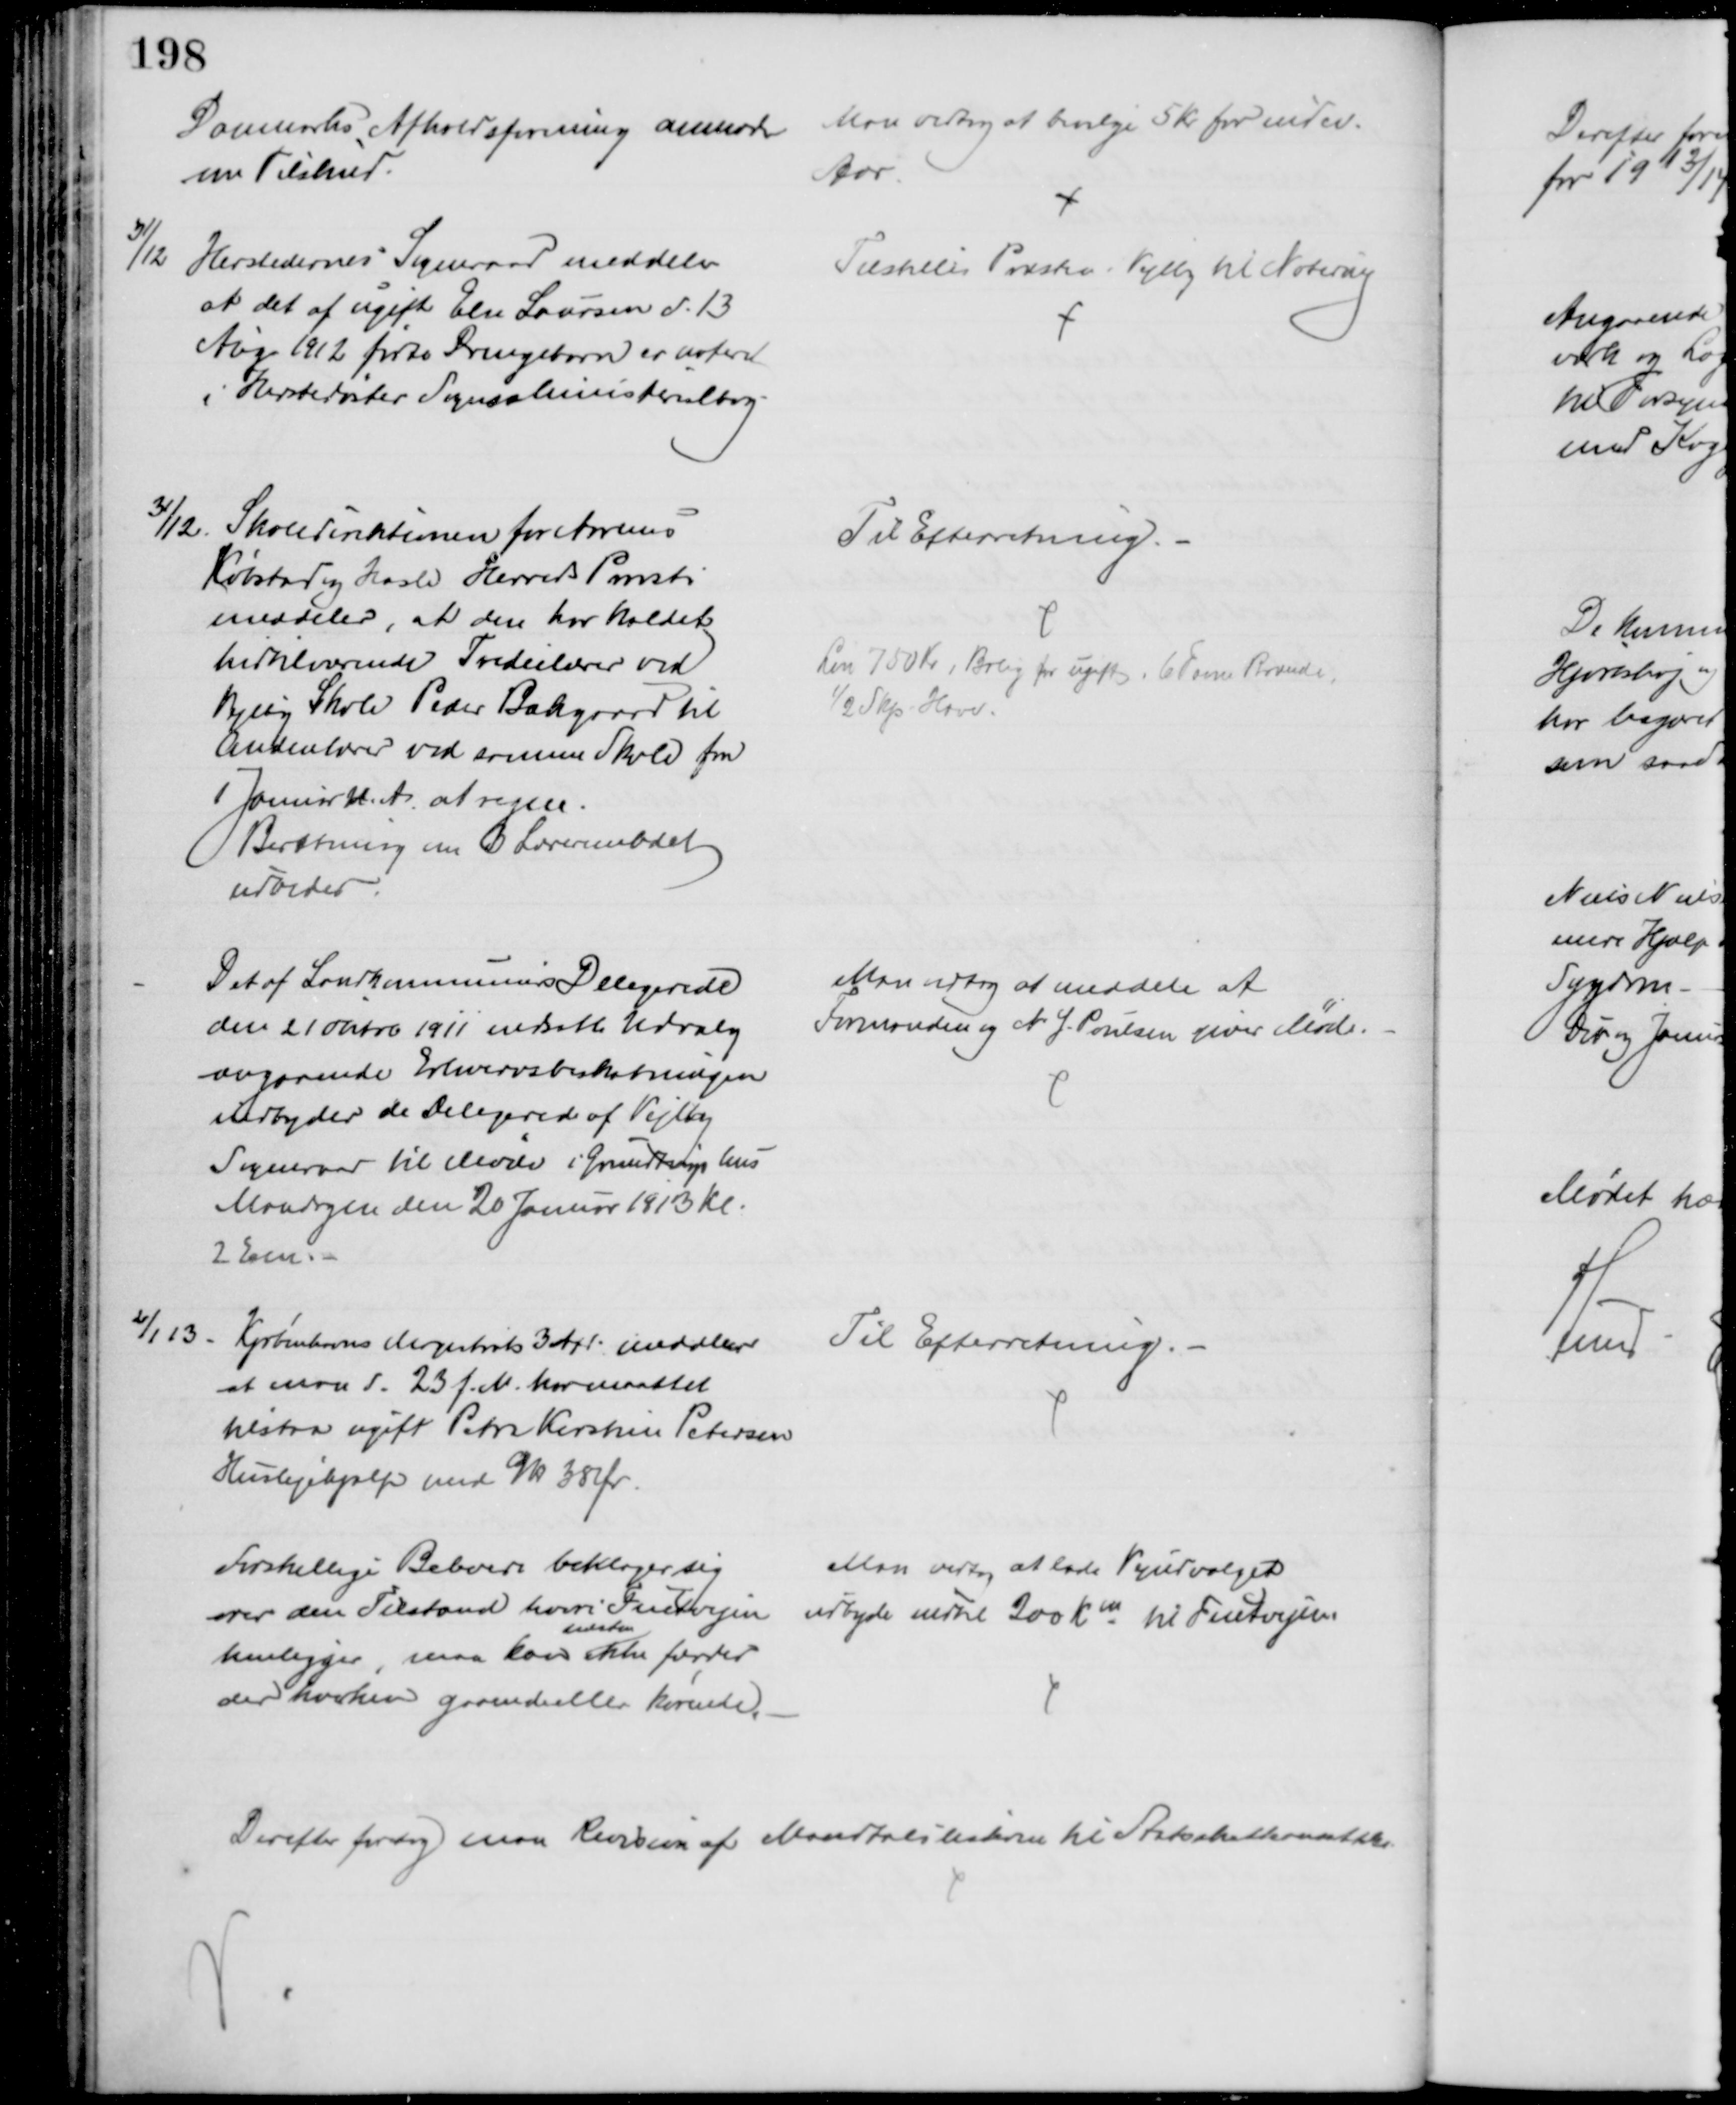
Transskription:
Danmarks Afholdsforening anmoder
om Tilskud.
Man vedtog at bevilge 5 Kr for indev.
Aar.
31/12
Herstedernes Sogneraad meddeler
at det af ugift Else Laursen d. 13
Aug 1912 fødte Drengebarn er noteret
i Herstedøster Sogns Ministerialbog
Tilstilles Præsten i Vejlby til Notering 
31/12. Skoledirektionen for Aarhus
Købstad og Hasle Herreds Provsti
meddeler, at den har kaldet
hertilværende Tredielærer ved
Vejlby Skole Peder Bækgaard til
Andenlærer ved samme Skole fra
1 Januar d. A. at regne.
Beretning om 3 Lærerembedet
udbedes
Til Efterretning.
Løn 750 Kr, Bolig for ugifte. 6 Favne Brænde,
½ Skp. Have.
Det af Landkommunernes Delegerede
den 21 Oktob 1911 nedsatte Udvalg
angaaende Erhvervsbeskatningen
indbyder de Delegerede af Vejlby
Sogneraad til Møde i Grundtvigs hus
Mandagen den 20 Januar 1913 Kl.
2 Em.
Man vedtog at meddele at 
Formanden og N. J. Poulsen giver Møde.
2/1 13
Kjøbenhavns Magistrats 3 Afd. meddeler
at man d. 23 f. M. har maattet
tilstaa ugift Petra Kirstine Petersen
Huslejehjælp med 9 kr 38 Ør.
Til Efterretning.
Forskellige Beboere beklager sig 
over den Tilstand hvori Fuetvejen
henligger, man kan
næsten
ikke færdes
der hverken gaaende eller kørende.
Man vedtog at lade Vejudvalget
udbyde indtil 200 Km til Fuetvejen.
Derefter foretog man Revision af Mandtalslisterne til Statsskatteansættelse